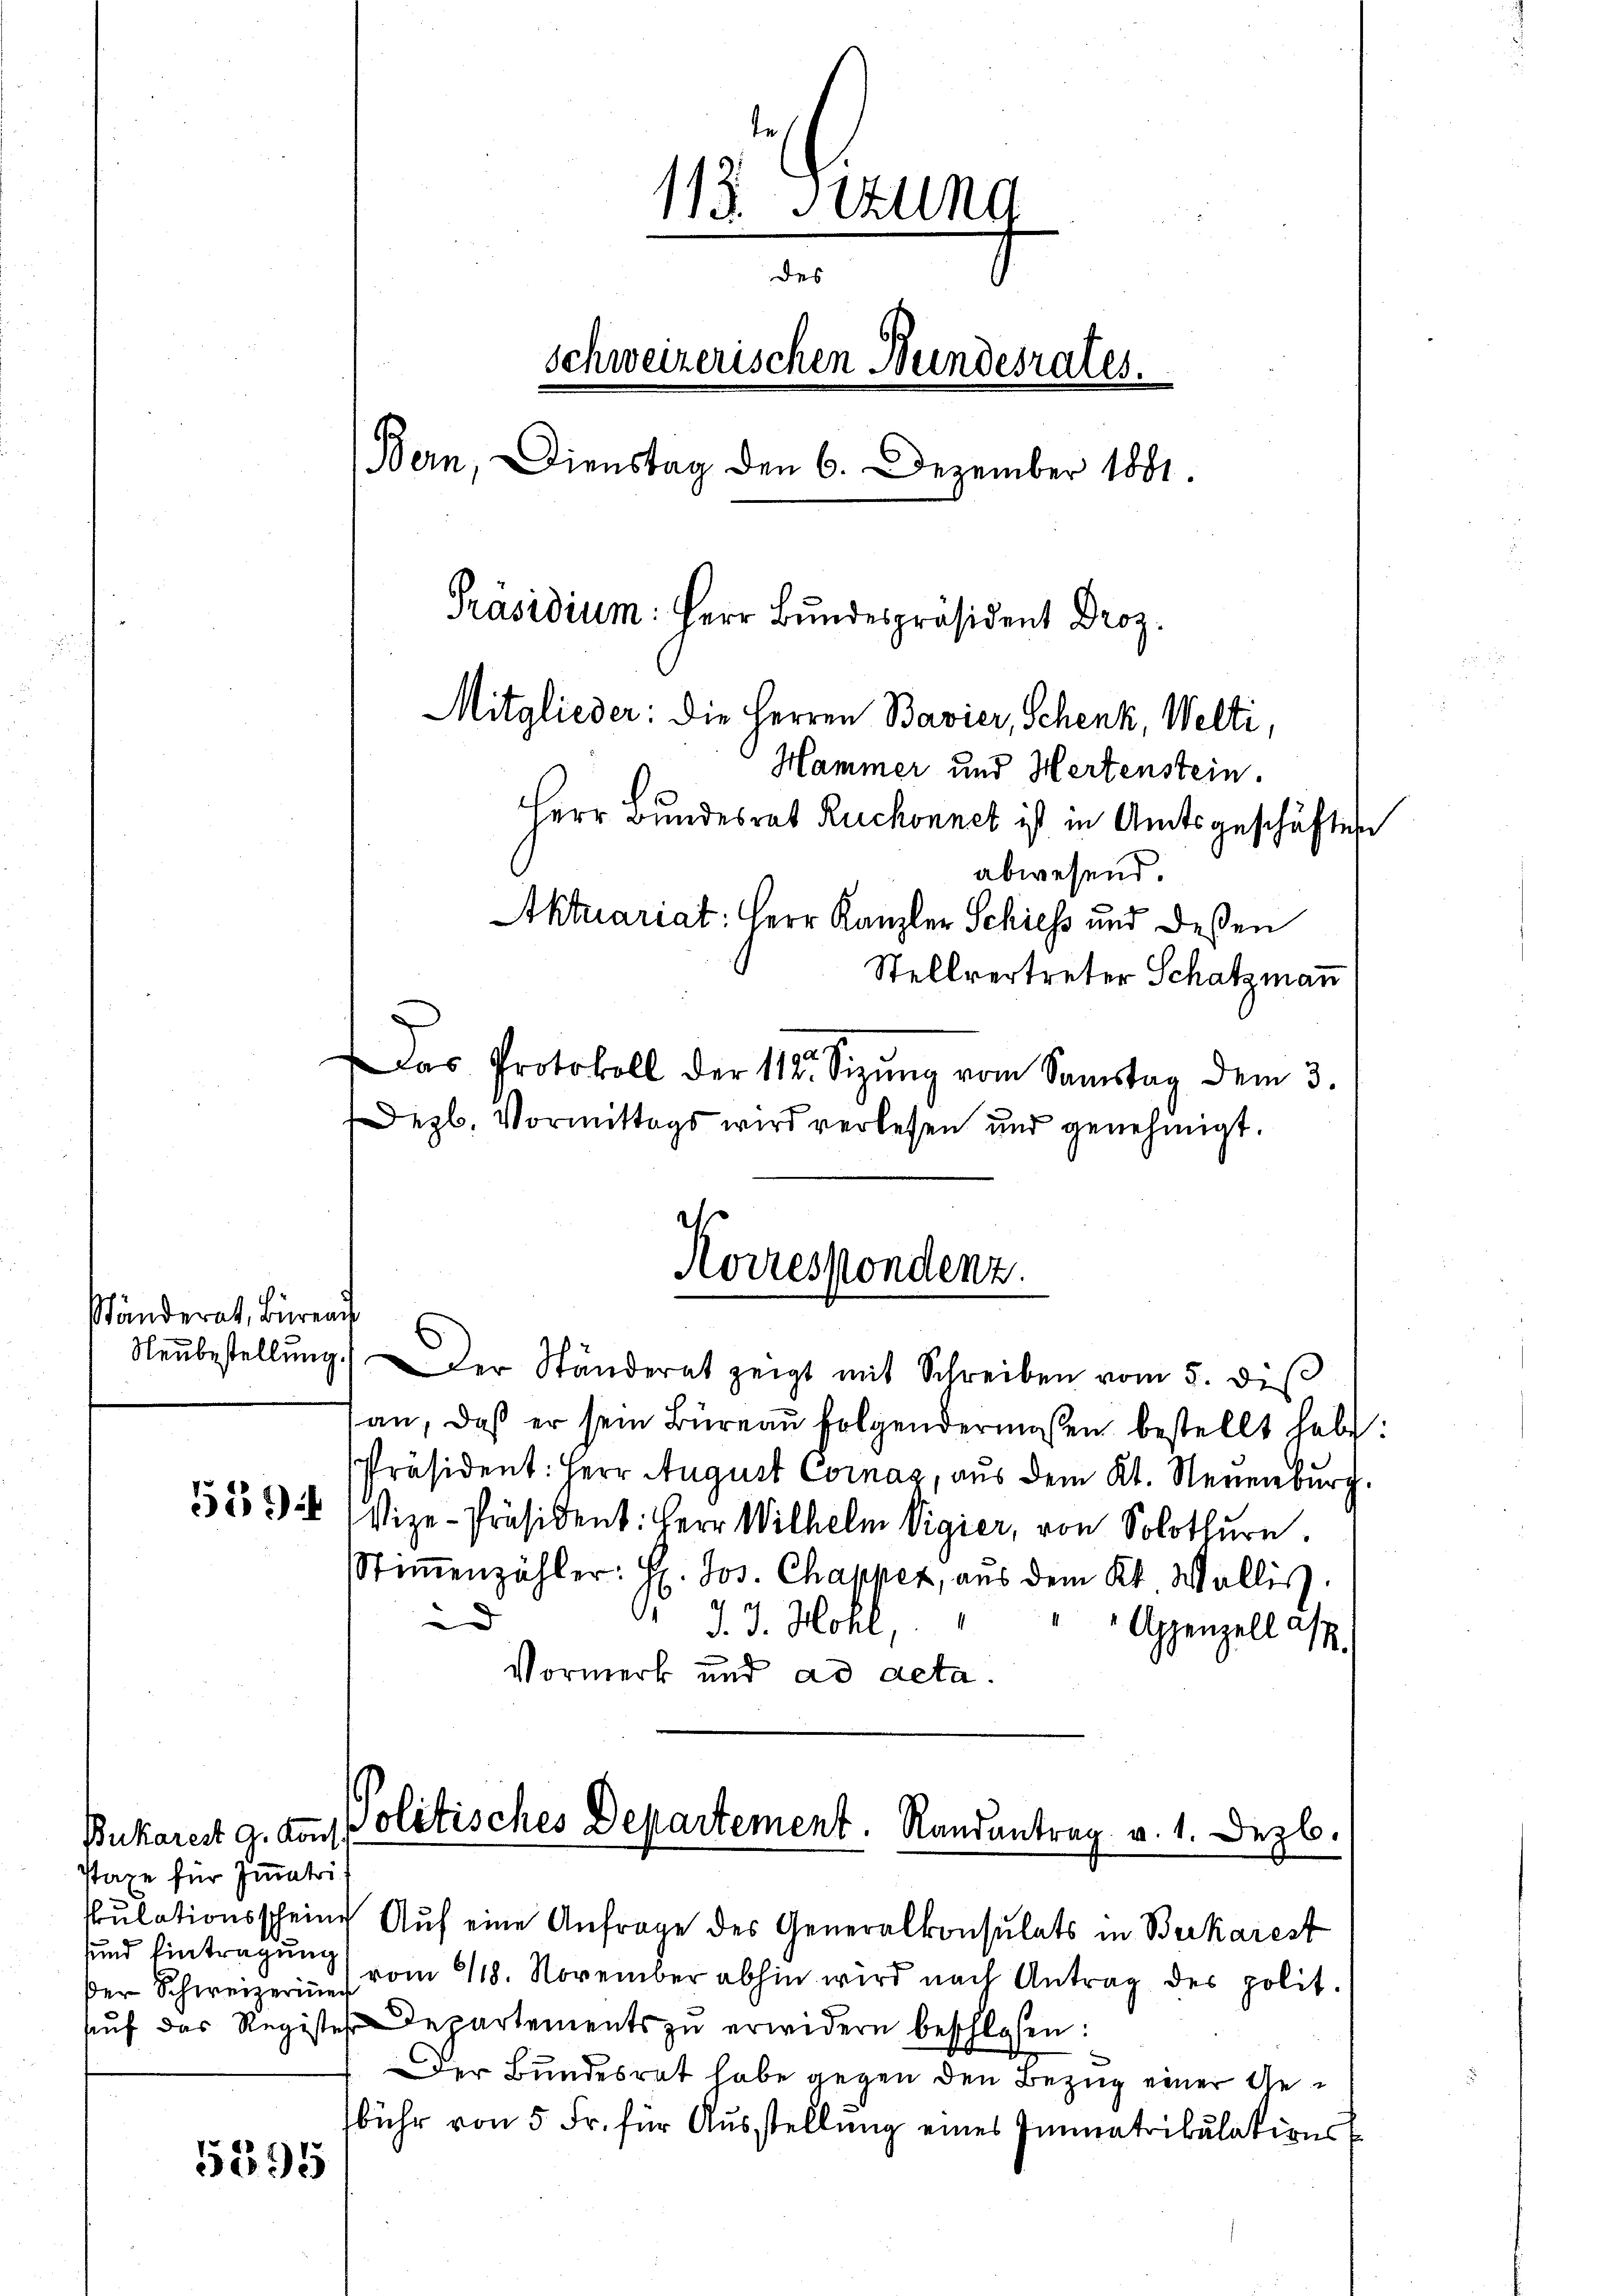
Ständerath, Bieren

Bukarest g. Kont
Taxe für Immatrisund Eintragung

5395

Das Protokoll der 118. Sitzŭng vom Samstag dem 3.
Dezb. Vormittags wird verlesen und genehmigt.
Neŭbestellŭng. Der Ständerat zeigt mit Schreiben vom 5. di
an, daß er sein Büreaŭ folgendermaßen bestellt habe:
Präsident: Herr August Cornag, aus dem Kt. Neuenburg.
5594 Vize-Präsident: Herr Wilhelm Vigier, von Solothurn.
Stiṁenzähler: H. Jos. Chapper, aus dem Kt. Wallis.
d
d. 3. Mohl,
Appenzell a/
Vormerk und ad acta.
Politisches Departement. Randantrag v. 1. Dezb.
skulationsschein Aŭf eine Anfrage des Generalkonsulats in Beikarest
der Schweizerin vom 318. November abhin wird nach Antrag des polit.
aŭf das Registes Departements zŭ erwidern beschlossen:
Der Bundesrat habe gegen den Bezug einer Gebühr von 5 Fr. für Ausstellung eines Immatrikulations

113. Stund
des
schweizerischen Bundesrates.
Bern, Dienstag den 6. Dezember 1881
Präsidium: Herr Bundespräsident Droz.
Mitglieder: Die Herren Bavier, Schenk, Welti,
Hammer und Hertenstein.
Herr Bundesrat Ruchonnet ist in Amtsgeschäftes
abwesend
Aktuariat: Herr Kanzler Schiess und deßen
Stellvertreter Schatzmann

Korrespondenz.